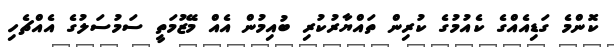
ކޮންމެ ގަޑިއެއްގެ ކެއުމުގެ ކުރިން ތައްޔާރުކުރި ބުއިމުން އެއް މޭޒުމަތީ ސަމުސަލުގެ އެއްޗެހި